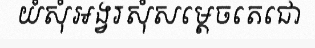
យំសុំអង្វរសុំសម្តេចតេជោ